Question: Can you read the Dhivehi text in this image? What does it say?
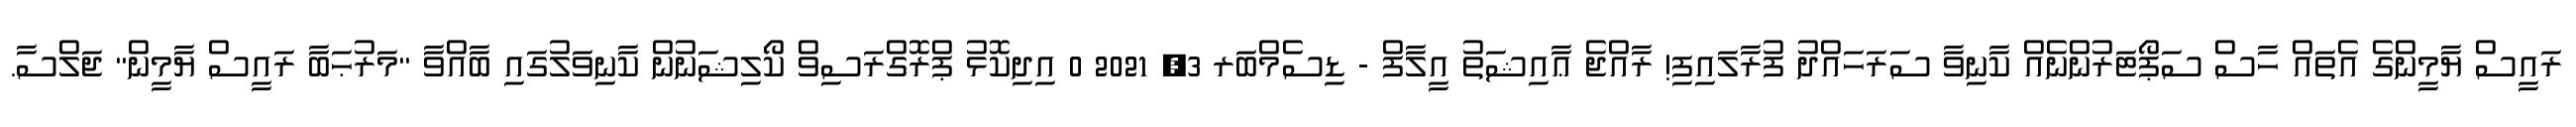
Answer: ރައީސް ޔާމީންގެ އެތައް ހާސް ސަޕޯޓަރުންނެއް ކާނިވާ ސަރަހައްދު ފުރާލައިފި! ރާއްޖެ ޢާއިޝަތު އީލާފް - ޑިސެމްބަރ 3, 2021 0 އިދިކޮޅު ޕްރޮގްރަސިވް ކޯލިޝަނުން ކާނިވަލުގައި ބާއްވާ "މަރުޙަބާ ރައީސް ޔާމީން" ޖަލްސާ.